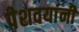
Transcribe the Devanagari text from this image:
पेशवयांनी